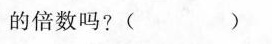
的倍数吗?( )